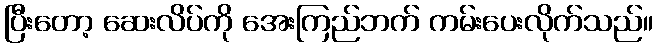
ပြီးတော့ ဆေးလိပ်ကို အေးကြည်ဘက် ကမ်းပေးလိုက်သည်။